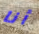
أنا